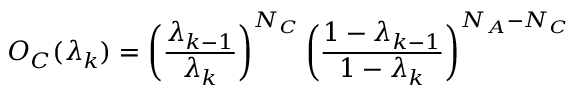
O _ { C } ( \lambda _ { k } ) = \left( \frac { \lambda _ { k - 1 } } { \lambda _ { k } } \right) ^ { N _ { C } } \left( \frac { 1 - \lambda _ { k - 1 } } { 1 - \lambda _ { k } } \right) ^ { N _ { A } - N _ { C } }